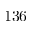
1 3 6